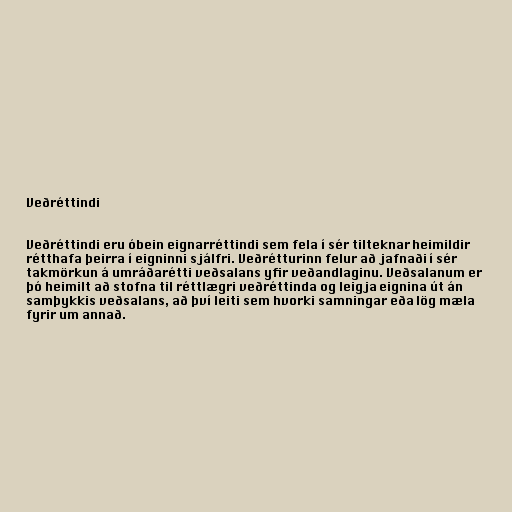
Veðréttindi

Veðréttindi eru óbein eignarréttindi sem fela í sér tilteknar heimildir
rétthafa þeirra í eigninni sjálfri. Veðrétturinn felur að jafnaði í sér
takmörkun á umráðarétti veðsalans yfir veðandlaginu. Veðsalanum er
þó heimilt að stofna til réttlægri veðréttinda og leigja eignina út án
samþykkis veðsalans, að því leiti sem hvorki samningar eða lög mæla
fyrir um annað.